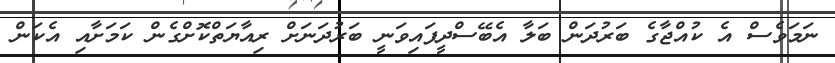
ނަމަވެސް އެ ކުއްޖާގެ ބަރުދަން ބަލާ އެބޭސްދީފައިވަނީ ބަރުދަނަށް ރިއާޔަތްކޮށްގެން ކަމަށާއި އެކަން